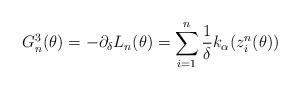
LaTeX: \begin{align*} G_n^3(\theta)= -\partial_{\delta} L_n(\theta) = \sum_{i=1}^n \frac{1}{\delta} k_\alpha(z^n_i(\theta))\end{align*}